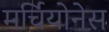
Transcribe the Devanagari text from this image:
मर्चियोनेस